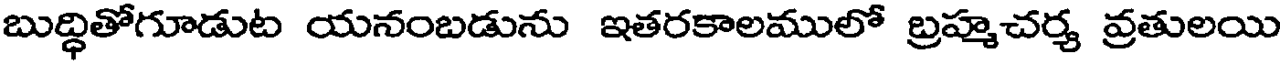
బుద్ధితోగూడుట యనంబడును ఇతరకాలములో బ్రహ్మచర్య వ్రతులయి